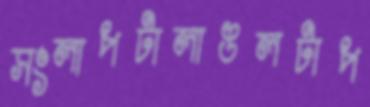
সংলাপটালাঙলটাপ